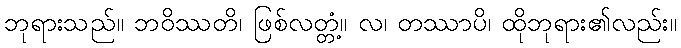
ဘုရားသည်။ ဘဝိဿတိ၊ ဖြစ်လတ္တံ့။ လ၊ တဿာပိ၊ ထိုဘုရား၏လည်း။